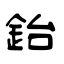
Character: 鈶